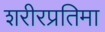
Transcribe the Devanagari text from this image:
शरीरप्रतिमा